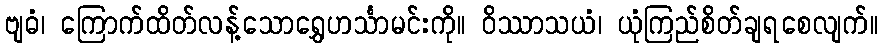
ဗျဓံ၊ ကြောက်ထိတ်လန့်သောရွှေဟင်္သာမင်းကို။ ဝိဿာသယံ၊ ယုံကြည်စိတ်ချရစေလျက်။